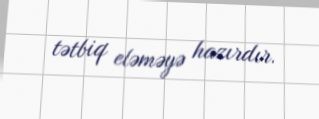
tətbiq eləməyə hazırdır.